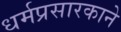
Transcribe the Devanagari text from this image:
धर्मप्रसारकाने